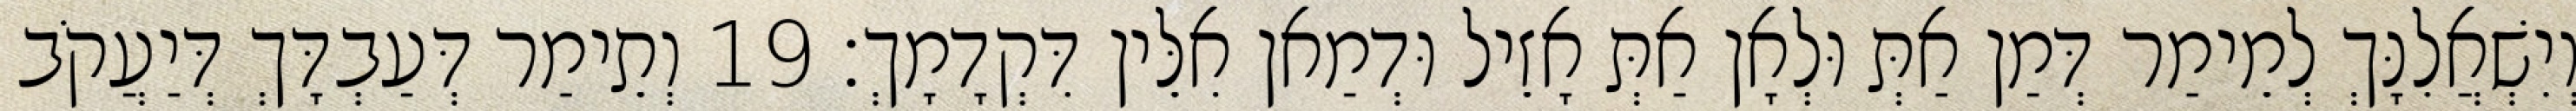
וְיִשְׁאֲלִנָּךְ לְמֵימַר דְּמַן אַתְּ וּלְאָן אַתְּ אָזֵיל וּדְמַאן אִלֵּין דִּקְדָמָךְ׃ 19 וְתֵימַר דְּעַבְדָּךְ דְּיַעֲקֹב